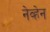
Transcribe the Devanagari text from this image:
नेव्हेन